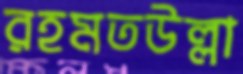
রহমতউল্লা